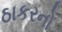
ઠાકરનો